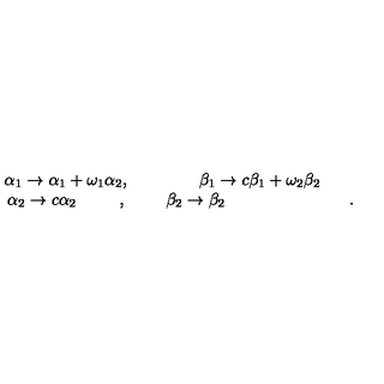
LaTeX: \begin{array} { c c c } { \alpha _ { 1 } \to \alpha _ { 1 } + \omega _ { 1 } \alpha _ { 2 } , } & { \ } & { \beta _ { 1 } \to c \beta _ { 1 } + \omega _ { 2 } \beta _ { 2 } } \\ { \alpha _ { 2 } \to c \alpha _ { 2 } \phantom { \omega _ { 2 } c \alpha _ { 2 } } , } & { \ } & { \beta _ { 2 } \to \beta _ { 2 } \phantom { n n c + \omega _ { 2 } ( \beta _ { 2 } + 1 ) } . } \\ \end{array}